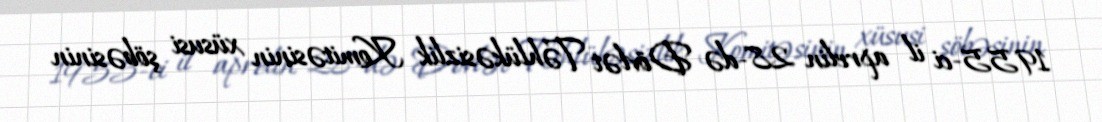
1955-ci il aprelin 28-də Dövlət Təhlükəsizlik Komitəsinin xüsusi şöbəsinin